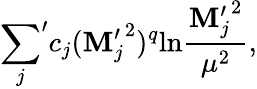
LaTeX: {\sum_{j}}^{\prime}c_{j}({\mathbf{M}_{j}^{\prime}}^{2})^{q}\mathrm{{ln}}{\frac{{{\mathbf{M}_{j}^{\prime}}^{2}}}{{\mu^{2}}}},